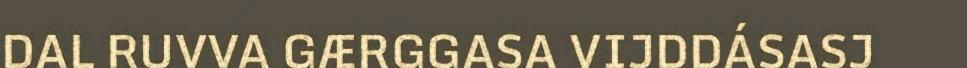
DAL RUVVA GÆRGGASA VIJDDÁSASJ